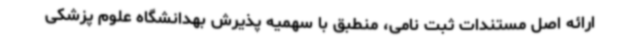
ارائه اصل مستندات ثبت نامی، منطبق با سهمیه پذیرش بهدانشگاه علوم پزشکی